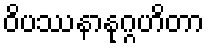
ဝိပဿနာနုဂ္ဂဟိတာ